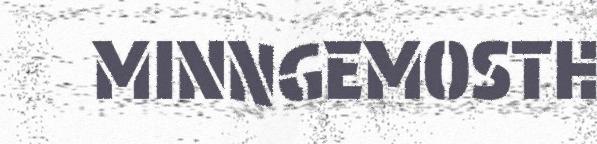
MINNGEMOSTH